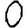
Digit: 0